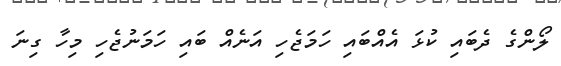
ލޯންގެ ދެބައި ކުޅަ އެއްބައި ހަމަޖެހި އަނެއް ބައި ހަމަނުޖެހި މިހާ ގިނަ